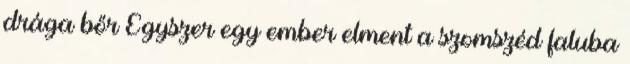
drága bőr Egyszer egy ember elment a szomszéd faluba